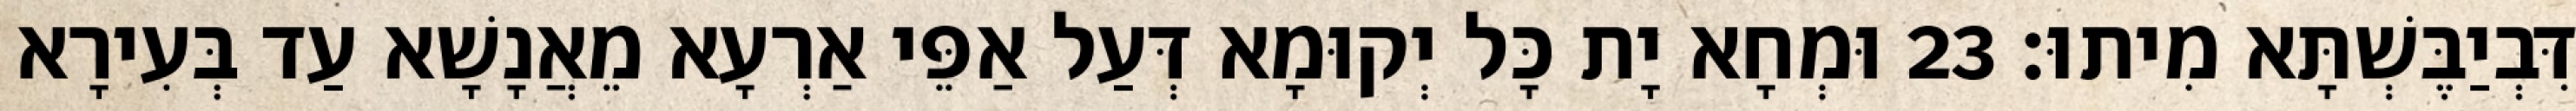
דִּבְיַבֶּשְׁתָּא מִיתוּ׃ 23 וּמְחָא יָת כָּל יְקוּמָא דְּעַל אַפֵּי אַרְעָא מֵאֲנָשָׁא עַד בְּעִירָא